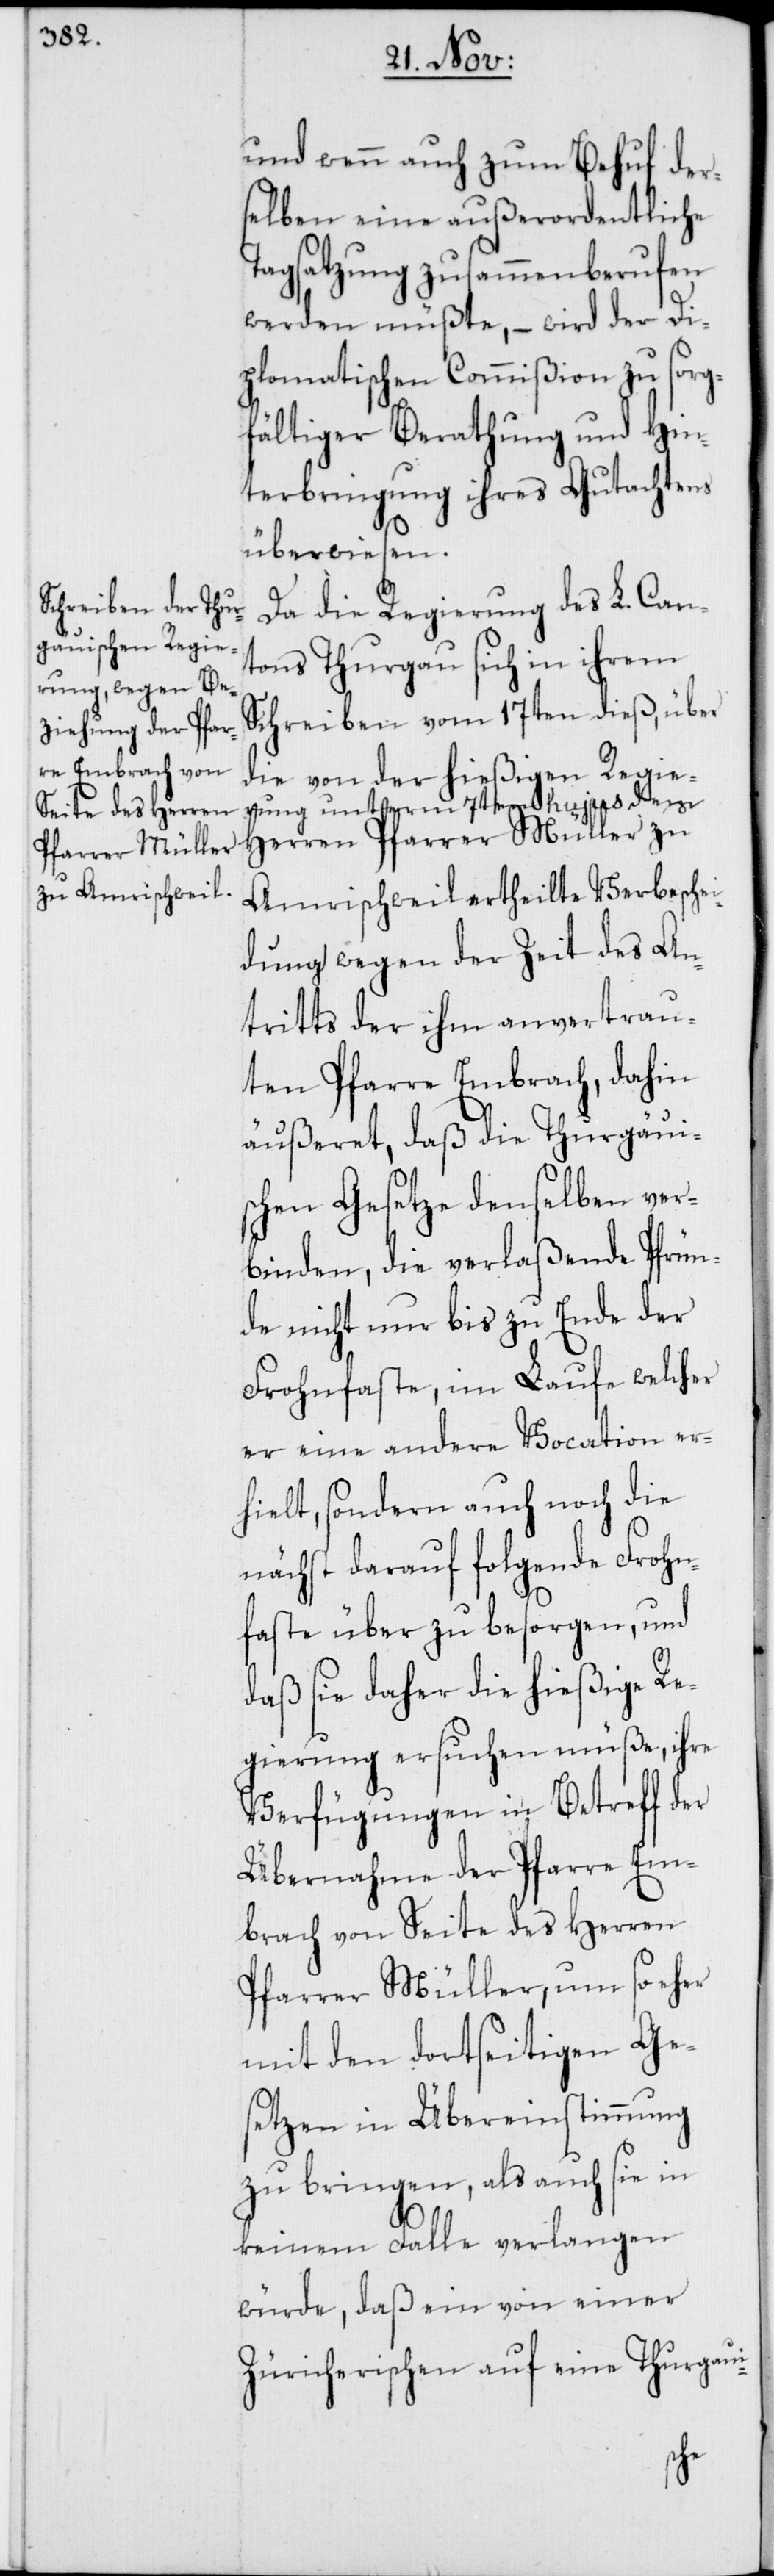
und wenn auch zum Behuf der¬
selben eine außerordentliche
Tagsatzung zusammenberufen
werden müßte, – wird der Di¬
plomatischen Commißion zu sorg¬
fältiger Berathung und Hin¬
terbringung ihres Gutachtens
überwiesen.
Da die Regierung des L. Can¬
tons Thurgau sich in ihrem
Schreiben vom 17ten dieß, über
die von der hießigen Regie¬
rung unterm 7ten hujus dem
Herren Pfarrer Müller zu
Amrischweil ertheilte Verbesche¬
idung wegen der Zeit des An¬
tritts der ihm anvertrau¬
ten Pfarre Embrach, dahin
äußeret, daß die Thurgaui¬
schen Gesetze denselben ver¬
binden, die verlaßende Pfrün¬
de nicht nur bis zu Ende der
Frohnfaste, im Laufe welcher
er eine andere Vocation er¬
hielt, sondern auch noch die
nächst darauf folgende Frohn¬
faste über zu besorgen, und
daß sie daher die hießige Re¬
gierung ersuchen müße, ihre
Verfügungen in Betreff der
Übernahme der Pfarre Em¬
brach von Seite des Herren
Pfarrer Müller, um so eher
mit den dortseitigen Ge¬
setzen in Übereinstimmung
zu bringen, als auch sie in
keinem Falle verlangen
würde, daß ein von einer
Zürcherischen auf eine Thurgaui-